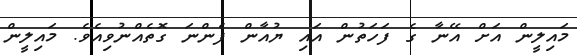
މައިލީން އަށް އޭނާ ގެ ފަހަތުން އައި ޔުއާން ފެންނަ ގޮތެއްނުވިއެވެ. މައިލީން